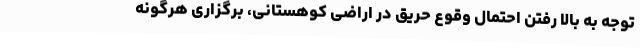
توجه به بالا رفتن احتمال وقوع حریق در اراضی کوهستانی، برگزاری هرگونه